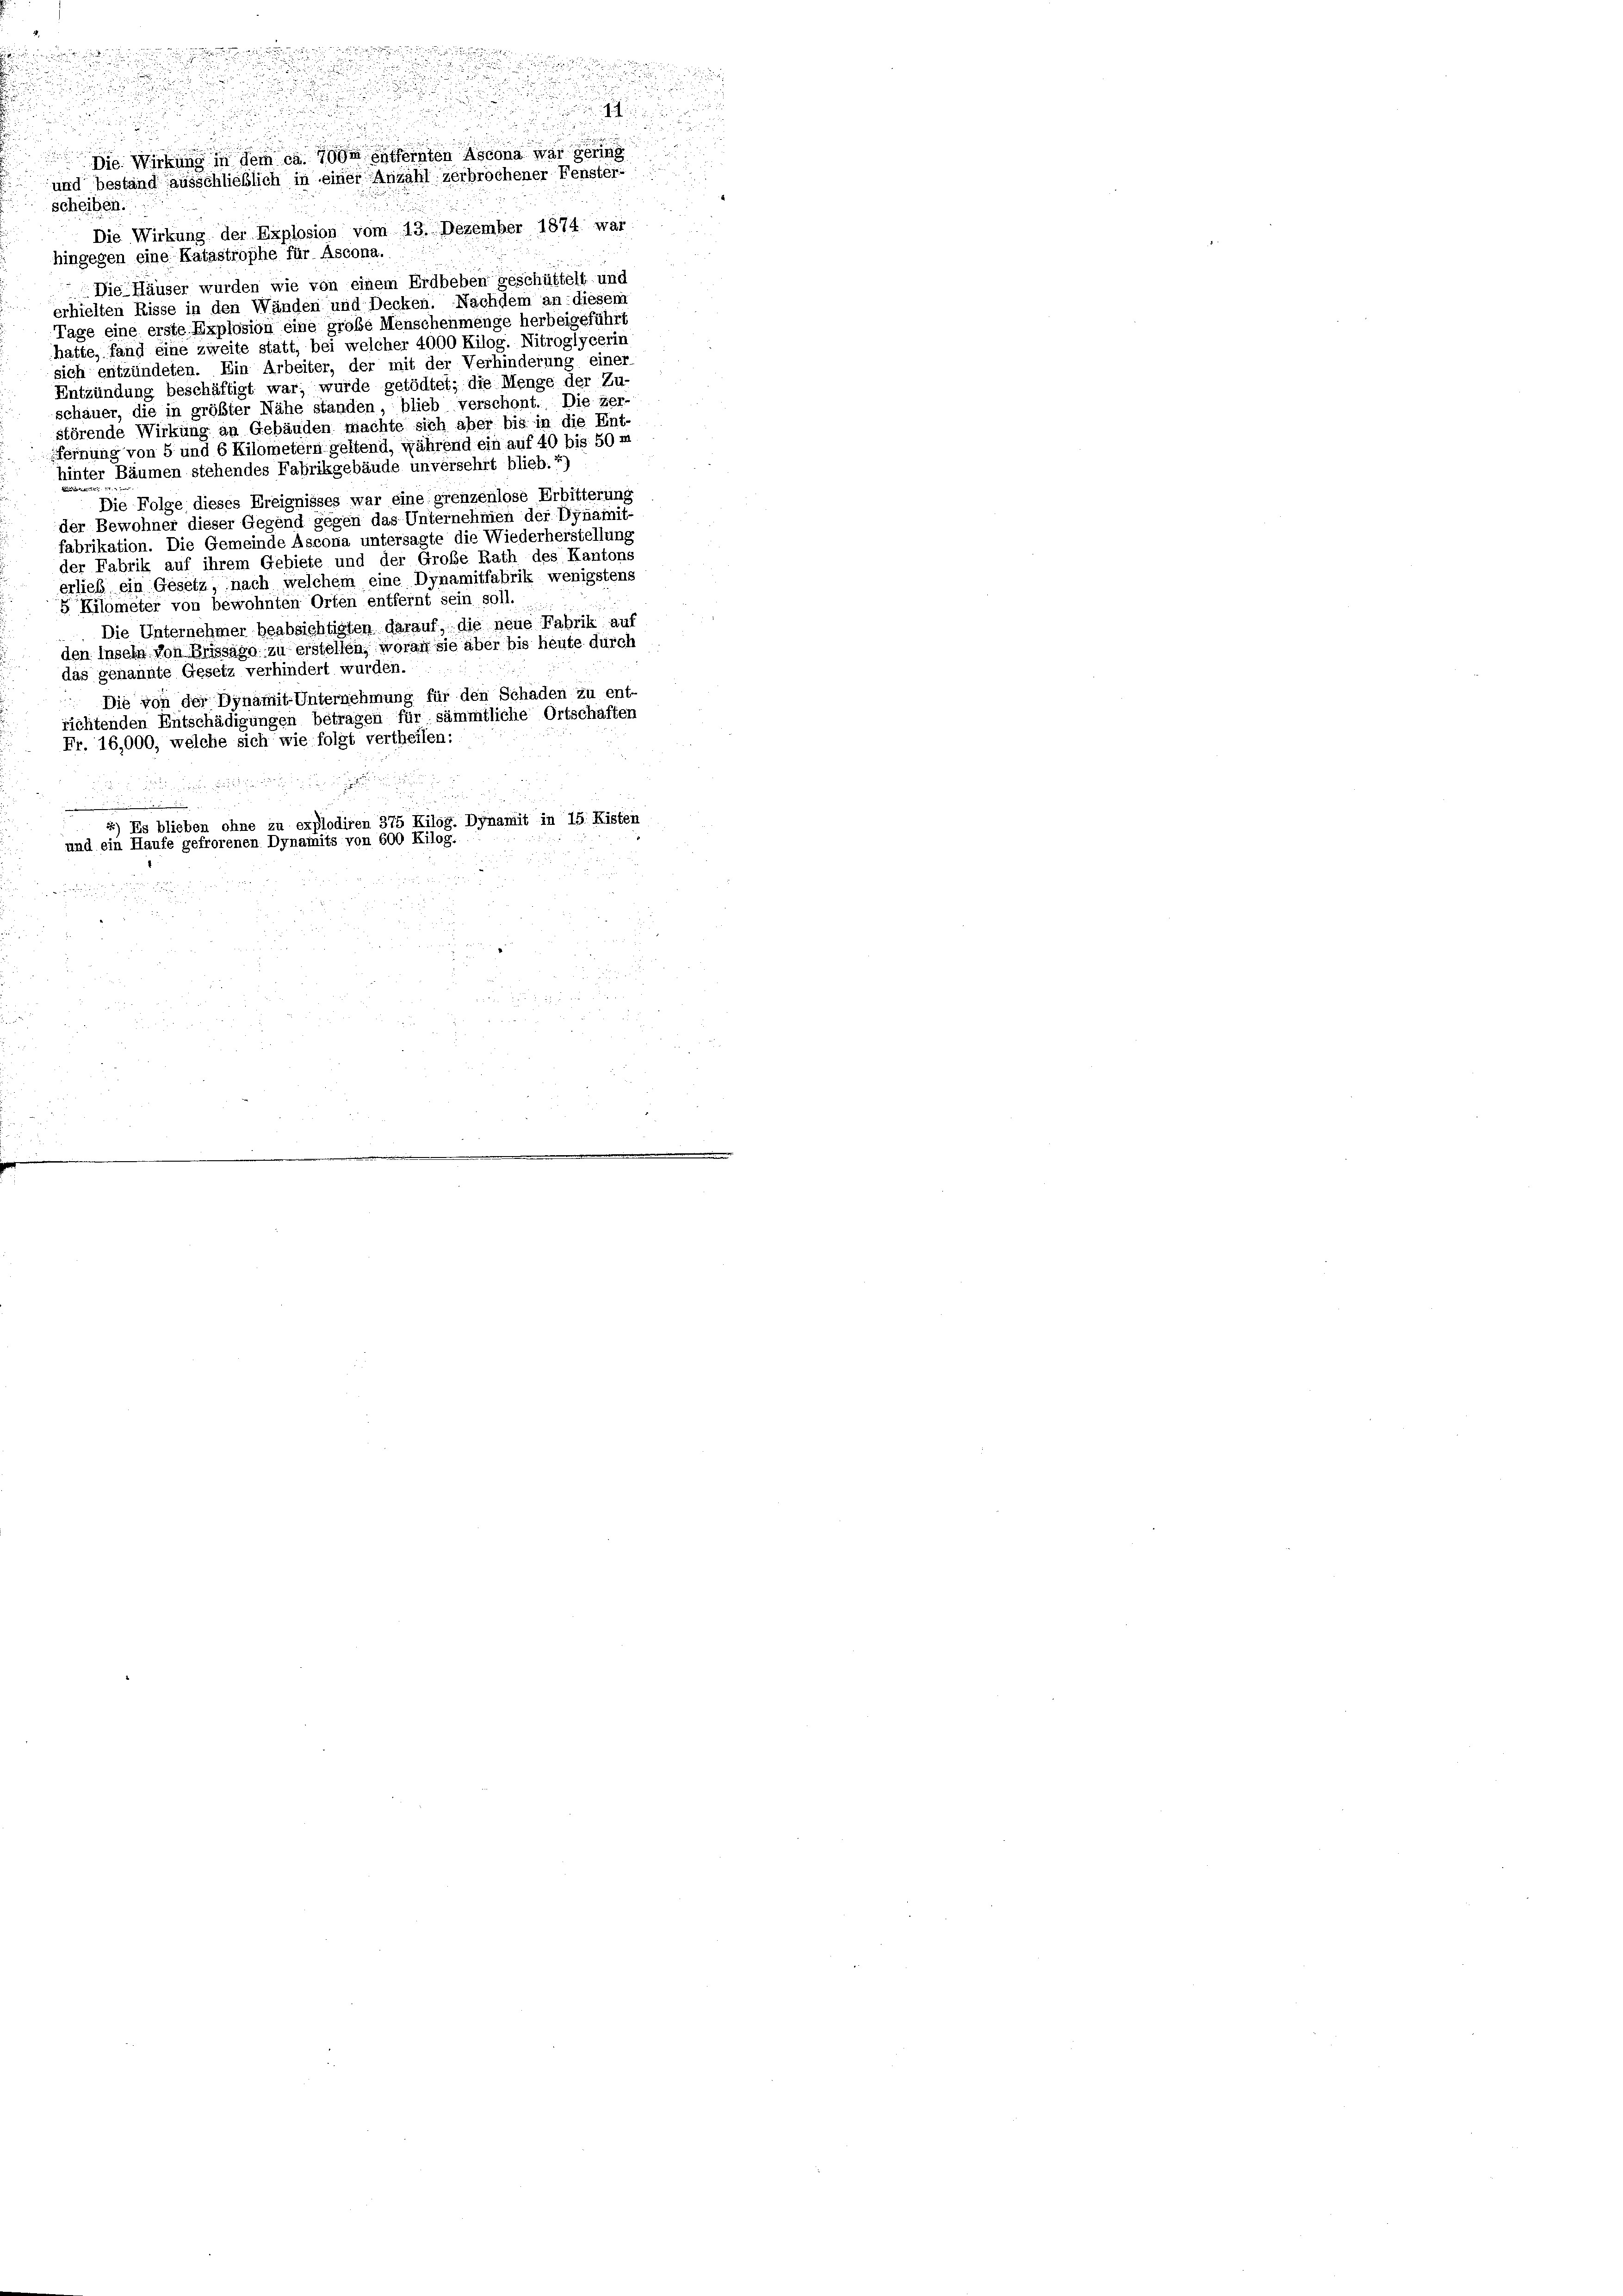
u
Die Wirkung in dem ca oder gutfernten Ascona war gering
und bestand ausschließlich in einer Anzahl zerbrochener Fenster-
scheiben.
Die Wirkung der Explosion vom 13. Dezember 1874 war
hingegen eine Katastrophe für Ascona.
Die Häuser wurden wie von einem Erdbeben geschüttelt und
.
erhielten Risse in den Wänden und Decken. Nachdem an: diesem
Tage eine erste Explosion eine große Menschenmenge herbeigeführt
hatte, fand eine zweite statt, bei welcher 4000 Kilog. Nitroglycerin
sich entzündeten. Ein Arbeiter, der mit der Verhinderung einer
Entzündung beschäftigt war; wurde getödtet; die Menge der Zu-
schauer, die in größter Nähe standen, blieb verschont. Die Zer-
störende Wirkung an Gebäuden machte sich aber bis in die Ent-
fernung von 5 und 6 Kilometern geltend, während ein auf 40 bis 50 m
hinter Bäumen stehendes Fabrikgebäude unversehrt blieb.2)
Die Folge dieses Ereignisses war eine grenzenlose Erbitterung
der Bewohner dieser Gegend gegen das Unternehmen der Dynamit-
fabrikation. Die Gemeinde Ascona untersagte die Wiederherstellung
der Fabrik auf ihrem Gebiete und der Große Rath des Kantons
erlieb ein Gesetz, nach welchem eine Dynamitfabrik wenigstens
5 Kilometer von bewohnten Orten entfernt sein soll.
Die Unternehmer beabsichtigten darauf, die neue Fabrik auf
den Inseln von Brissago zu erstellen, woran sie aber bis heute durch
das genannte Gesetz verhindert wurden.
Die von der Dynamit-Unternehmung für den Schäden zu ent-
richtenden Entschädigungen betragen für sämmtliche Ortschaften
Fr. 16,000, welche sich wie folgt vertheilen:
2) Es blieben ohne zu explodiren 375 Kilog. Dynamit in 15. Kisten
und ein Haufe gefrorenen Dynamits von 600 Kilog.

u

n

s
r

d
2

.
d